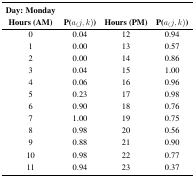
<table><thead><tr><td><b>Day: Monday Hours (AM)</b></td><td><b>P(<i>a</i>(<i>j, k</i>))</b></td><td><b>Hours (PM)</b></td><td><b>P(<i>a</i>(<i>j, k</i>))</b></td></tr></thead><tbody><tr><td>0</td><td>0.04</td><td>12</td><td>0.94</td></tr><tr><td>1</td><td>0.00</td><td>13</td><td>0.57</td></tr><tr><td>2</td><td>0.00</td><td>14</td><td>0.86</td></tr><tr><td>3</td><td>0.04</td><td>15</td><td>1.00</td></tr><tr><td>4</td><td>0.06</td><td>16</td><td>0.96</td></tr><tr><td>5</td><td>0.23</td><td>17</td><td>0.98</td></tr><tr><td>6</td><td>0.90</td><td>18</td><td>0.76</td></tr><tr><td>7</td><td>1.00</td><td>19</td><td>0.75</td></tr><tr><td>8</td><td>0.98</td><td>20</td><td>0.56</td></tr><tr><td>9</td><td>0.88</td><td>21</td><td>0.90</td></tr><tr><td>10</td><td>0.98</td><td>22</td><td>0.77</td></tr><tr><td>11</td><td>0.94</td><td>23</td><td>0.37</td></tr></tbody></table>